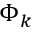
\Phi _ { k }